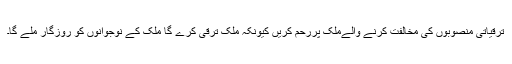
ترقیاتی منصوبوں کی مخالفت کرنے والےملک پررحم کریں کیونکہ ملک ترقی کرے گا ملک کے نوجوانوں کو روزگار ملے گا۔